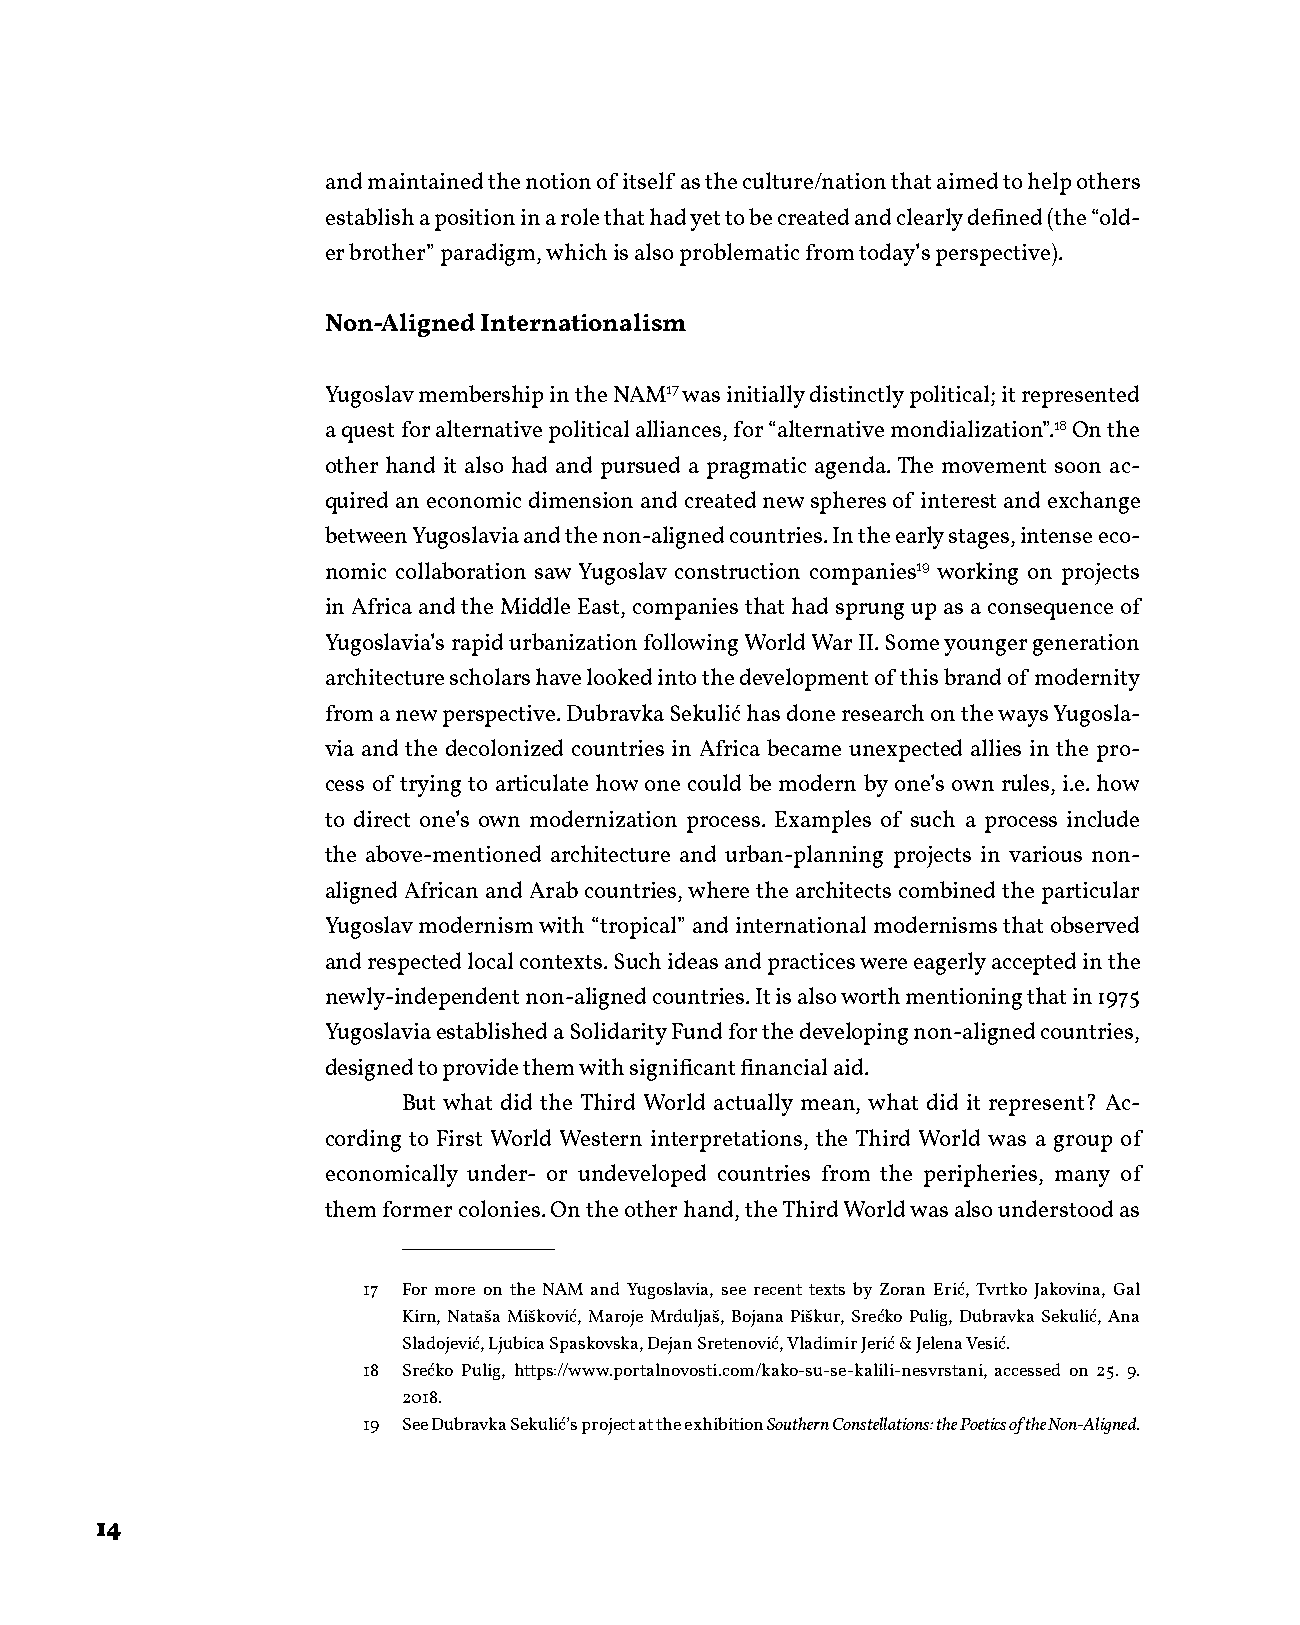
and maintained the notion of itself as the culture/nation that aimed to help others
 establish a position in a role that had yet to be created and clearly defined (the “old-
 er brother” paradigm, which is also problematic from today’s perspective).
 Non-Aligned Internationalism
 Yugoslav membership in the NAM17 was initially distinctly political; it represented
 a quest for alternative political alliances, for “alternative mondialization”.18 On the
 other hand it also had and pursued a pragmatic agenda. The movement soon ac-
 quired an economic dimension and created new spheres of interest and exchange
 between Yugoslavia and the non-aligned countries. In the early stages, intense eco-
 nomic collaboration saw Yugoslav construction companies19 working on projects
 in Africa and the Middle East, companies that had sprung up as a consequence of
 Yugoslavia’s rapid urbanization following World War II. Some younger generation
 architecture scholars have looked into the development of this brand of modernity
 from a new perspective. Dubravka Sekulić has done research on the ways Yugosla-
 via and the decolonized countries in Africa became unexpected allies in the pro-
 cess of trying to articulate how one could be modern by one’s own rules, i.e. how
 to direct one’s own modernization process. Examples of such a process include
 the above-mentioned architecture and urban-planning projects in various non-
 aligned African and Arab countries, where the architects combined the particular
 Yugoslav modernism with “tropical” and international modernisms that observed
 and respected local contexts. Such ideas and practices were eagerly accepted in the
 newly-independent non-aligned countries. It is also worth mentioning that in 1975
 Yugoslavia established a Solidarity Fund for the developing non-aligned countries,
 designed to provide them with significant financial aid.
 But what did the Third World actually mean, what did it represent? Ac-
 cording to First World Western interpretations, the Third World was a group of
 economically under- or undeveloped countries from the peripheries, many of
 them former colonies. On the other hand, the Third World was also understood as
 17 For more on the NAM and Yugoslavia, see recent texts by Zoran Erić, Tvrtko Jakovina, Gal
 Kirn, Nataša Mišković, Maroje Mrduljaš, Bojana Piškur, Srećko Pulig, Dubravka Sekulić, Ana
 Sladojević, Ljubica Spaskovska, Dejan Sretenović, Vladimir Jerić & Jelena Vesić.
 18 Srećko Pulig, https://www.portalnovosti.com/kako-su-se-kalili-nesvrstani, accessed on 25. 9.
 2018.
 19 See Dubravka Sekulić’s project at the exhibition Southern Constellations: the Poetics of the Non-Aligned.
 14